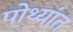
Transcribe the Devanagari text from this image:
पोथ्यांत